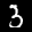
Label: 3